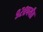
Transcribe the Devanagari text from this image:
९२८पर्यंत